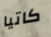
كاتيا